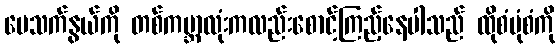
မေသက်နွယ်ကို တစ်ကမ္ဘာလုံးကလည်းစောင့်ကြည့်နေပါသည် ထိုစံပုံစံကို